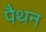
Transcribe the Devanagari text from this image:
पैथन